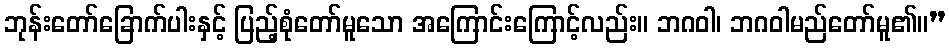
ဘုန်းတော်ခြောက်ပါးနှင့် ပြည့်စုံတော်မူသော အကြောင်းကြောင့်လည်း။ ဘဂဝါ၊ ဘဂဝါမည်တော်မူ၏။”